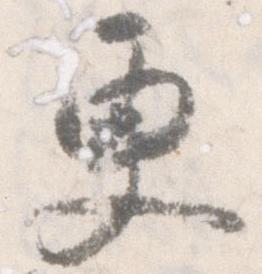
更